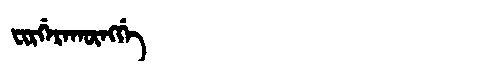
Manchu: ᠸᡳᡵᡤᡝᡵᠠᡴᡡᠩᡤᡝ
Romanization: FIRGERAKŪNGGE